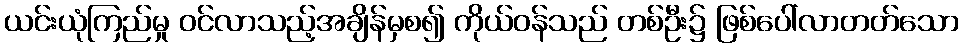
ယင်းယုံကြည်မှု ဝင်လာသည့်အချိန်မှစ၍ ကိုယ်ဝန်သည် တစ်ဦး၌ ဖြစ်ပေါ်လာတတ်သော